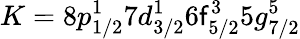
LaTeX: K=8p_{1/2}^{1}7d_{3/2}^{1}6\mathsf{f}_{5/2}^{3}5g_{7/2}^{5}